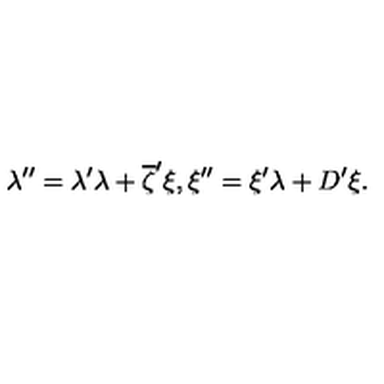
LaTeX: \lambda ^ { \prime \prime } = \lambda ^ { \prime } \lambda + \overline { { \zeta } } ^ { \prime } \xi , \xi ^ { \prime \prime } = \xi ^ { \prime } \lambda + D ^ { \prime } \xi .